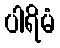
ပါရိမံ